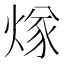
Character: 煫